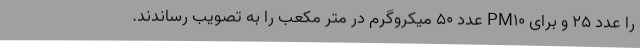
را عدد ۲۵ و برای PM۱۰ عدد ۵۰ میکروگرم در متر مکعب را به تصویب رساندند.